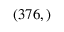
( 3 7 6 , )